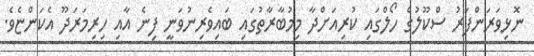
ނޮޅިވަރަންފަރު ސްކޫލުގެ ހޯލްގައި ކުރިއަށްދާ މިމުބާރާތުގައި ބައިވެރިނުވަނީ ފިނެ އާއި ހިރިމަރަދޫ އެކަންޏެވެ.